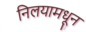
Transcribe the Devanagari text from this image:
निलयामधून